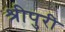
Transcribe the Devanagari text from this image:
श्रीपुरी